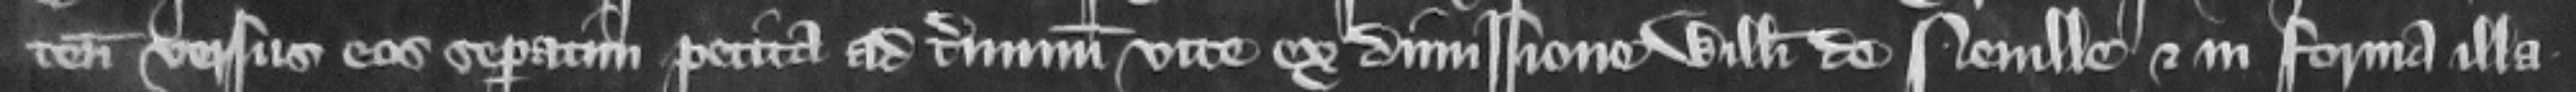
tenementa versus es separatim petita ad terminum vite ex dimissione Willelmi de Neuille et in forma illa